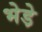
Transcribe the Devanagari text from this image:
भेडे़